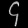
Digit: ၄